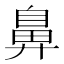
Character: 鼻